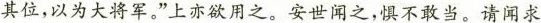
其位，以为大将军。”上亦欲用之。安世闻之，惧不敢当。请闻求